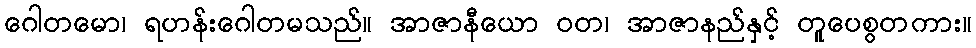
ဂေါတမော၊ ရဟန်းဂေါတမသည်။ အာဇာနီယော ဝတ၊ အာဇာနည်နှင့် တူပေစွတကား။